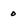
Character: o